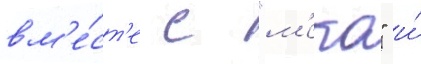
вм'е́ст'е с "м'еко" и́